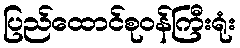
ပြည်ထောင်စုဝန်ကြီးရုံး